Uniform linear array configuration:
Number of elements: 16
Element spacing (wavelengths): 0.25
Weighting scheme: hamming
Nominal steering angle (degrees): -30
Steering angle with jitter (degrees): -31.464
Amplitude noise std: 0.05
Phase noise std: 0.05

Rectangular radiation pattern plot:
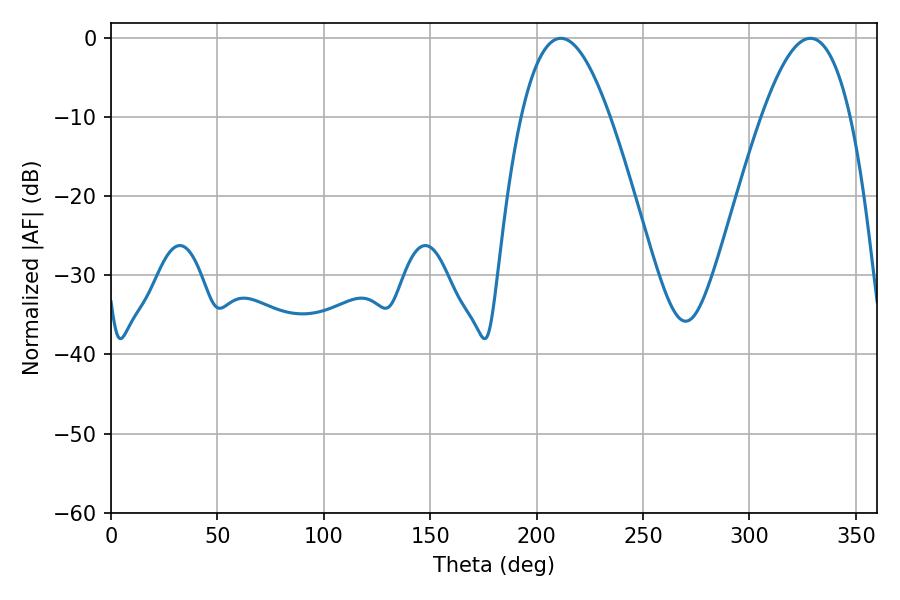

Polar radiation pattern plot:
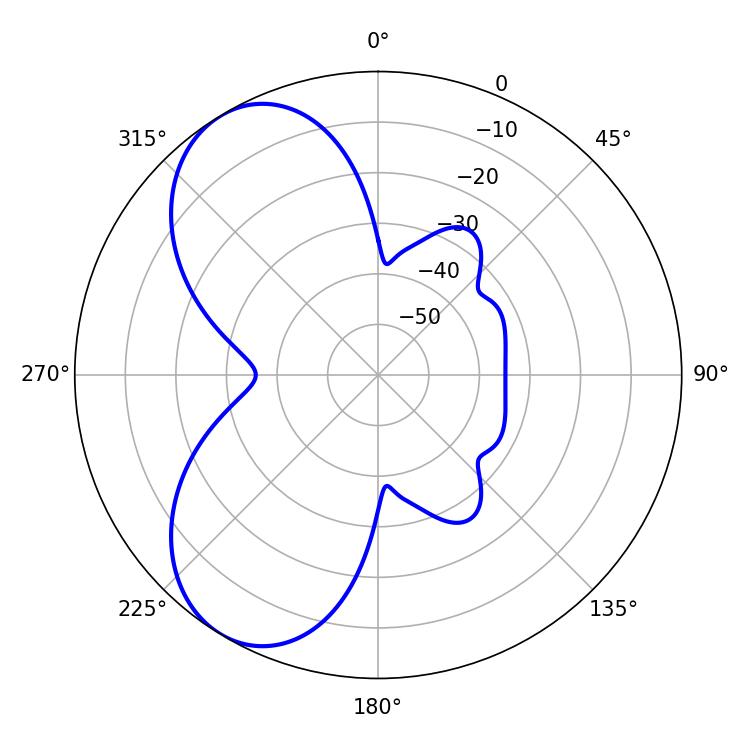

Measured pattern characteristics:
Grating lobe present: FALSE
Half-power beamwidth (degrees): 22.68
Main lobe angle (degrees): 211.32